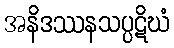
အနိဒဿနသပ္ပဋိဃံ